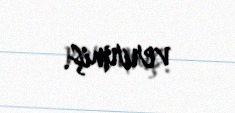
verirmiş.